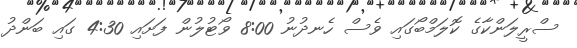
ސްރީލަންކާގެ ކޮލަމްބޯގައި ވެސް ހެނދުނު 8:00 ވޯޓުލުން ފަށައި 4:30 ގައި ބަންދު